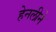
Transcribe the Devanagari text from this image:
हेनलीने